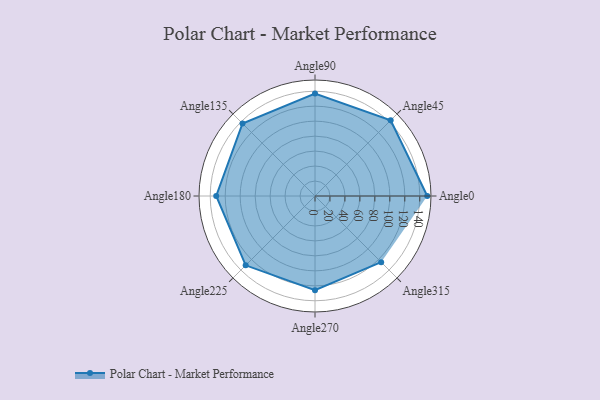
{"axis": {"x": "Angle", "y": "Radius"}, "legend": [""], "data": [{"x": "Angle0", "y": 150.0, "type": ""}, {"x": "Angle45", "y": 143.0, "type": ""}, {"x": "Angle90", "y": 137.0, "type": ""}, {"x": "Angle135", "y": 137.0, "type": ""}, {"x": "Angle180", "y": 132.0, "type": ""}, {"x": "Angle225", "y": 131.0, "type": ""}, {"x": "Angle270", "y": 126.0, "type": ""}, {"x": "Angle315", "y": 125.0, "type": ""}]}